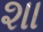
શા